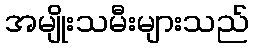
အမျိုးသမီးများသည်